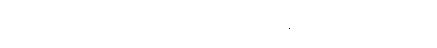
အကြင်ရဟန်းသည်လည်းရွာ၌ အစိမ်းအကြက်ကိုတရားနှင့်